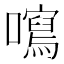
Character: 𡃂